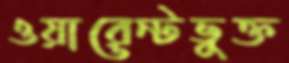
ওয়ারেন্টভুক্ত